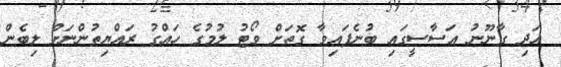
އަދި ގާނޫނު އަސާސީގައި ބުނެފައިވާ ގޮތަށް ވޯޓު ލުމުގެ ހައްގު ރައްޔިތުންނަށް ލިބެން